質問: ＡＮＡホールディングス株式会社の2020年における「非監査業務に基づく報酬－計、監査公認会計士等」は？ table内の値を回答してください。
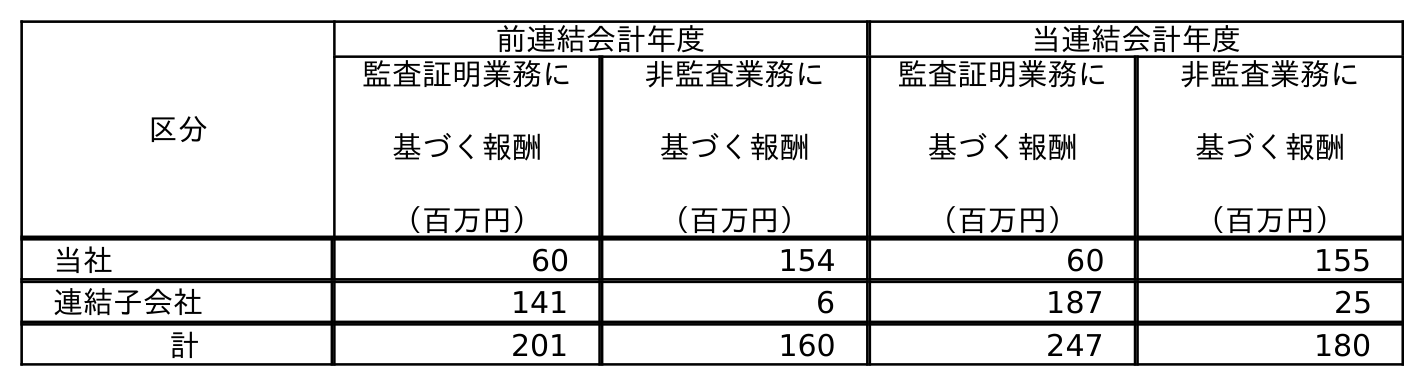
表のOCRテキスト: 区分 前連結会計年度 当連結会計年度 監査証明業務に 基づく報酬 （百万円） 非監査業務に 基づく報酬 （百万円） 監査証明業務に 基づく報酬 （百万円） 非監査業務に 基づく報酬 （百万円） 当社 60 154 60 155 連結子会社 141 6 187 25 計 201 160 247 180
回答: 180